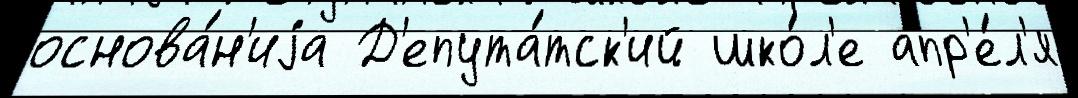
основа́н'иjа Д'епута́тск'ий шко́л'е апр'е́л'я